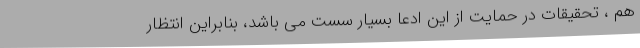
هم ، تحقیقات در حمایت از این ادعا بسیار سست می باشد، بنابراین انتظار